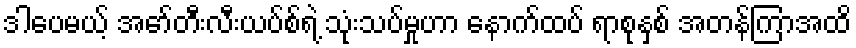
ဒါပေမယ့် အော်တီးလီးယပ်စ်ရဲ့ သုံးသပ်မှုဟာ နောက်ထပ် ရာစုနှစ် အတန်ကြာအထိ